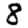
Digit: 8